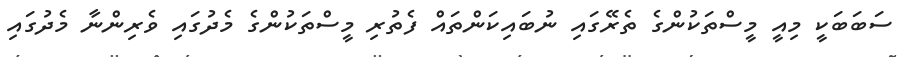
ސަބަބަކީ މިއީ މީސްތަކުންގެ ތެރޭގައި ނުބައިކަންތައް ފެތުރި މީސްތަކުންގެ މެދުގައި ވެރިންނާ މެދުގައި